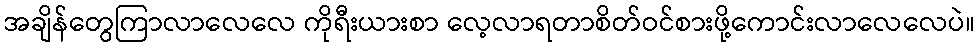
အချိန်တွေကြာလာလေလေ ကိုရီးယားစာ လေ့လာရတာစိတ်ဝင်စားဖို့ကောင်းလာလေလေပဲ။